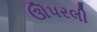
ઊપરલી